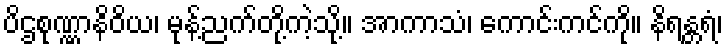
ပိဌစုဏ္ဏာနိဝိယ၊ မုန့်ညက်တို့ကဲ့သို့။ အာကာသံ၊ ကောင်းကင်ကို။ နိရန္တရံ၊